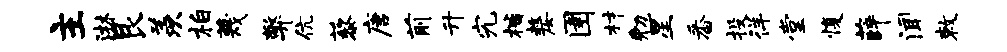
主淋艮羡柏蔑弊伉藜唐前升究楷嫠圉材勉星番投徉堂愎薛闻敕